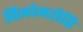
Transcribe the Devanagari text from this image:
विलोमरीति